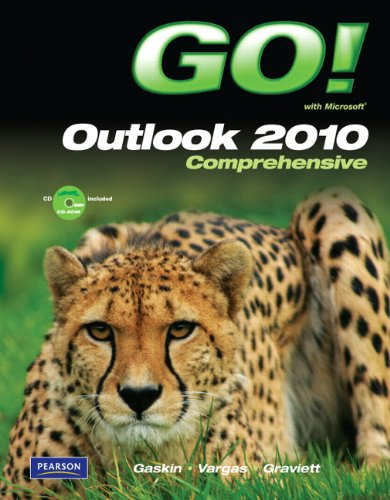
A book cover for GO! with Microsoft Outlook 2010 Comprehensive; Shelley Gaskin; Computers & Technology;